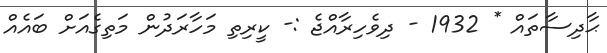
ޙާދިސާތައް * 1932 - ދިވެހިރާއްޖެ :- ކީރިތި މަހާރަދުން މަތިގެއަށް ބައެއް